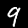
Label: 9